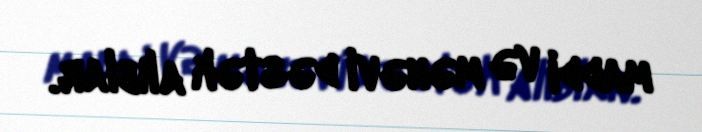
maddi və mənəvi dəstək alıblar.